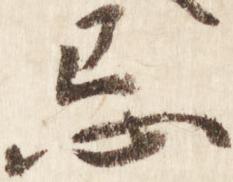
忌